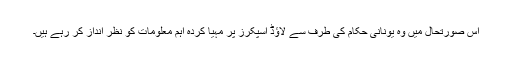
اس صورتحال میں وہ یونانی حکام کی طرف سے لاؤڈ اسپکرز پر مہیا کردہ اہم معلومات کو نظر انداز کر رہے ہیں۔